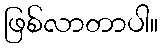
ဖြစ်လာတာပါ။